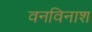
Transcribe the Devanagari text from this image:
वनविनाश